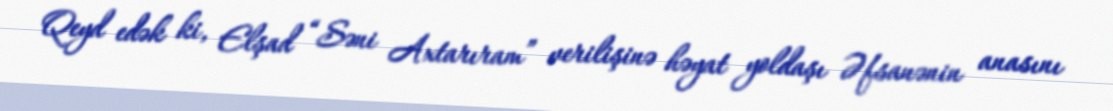
Qeyd edək ki, Elşad “Səni Axtarıram” verilişinə həyat yoldaşı Əfsanənin anasını